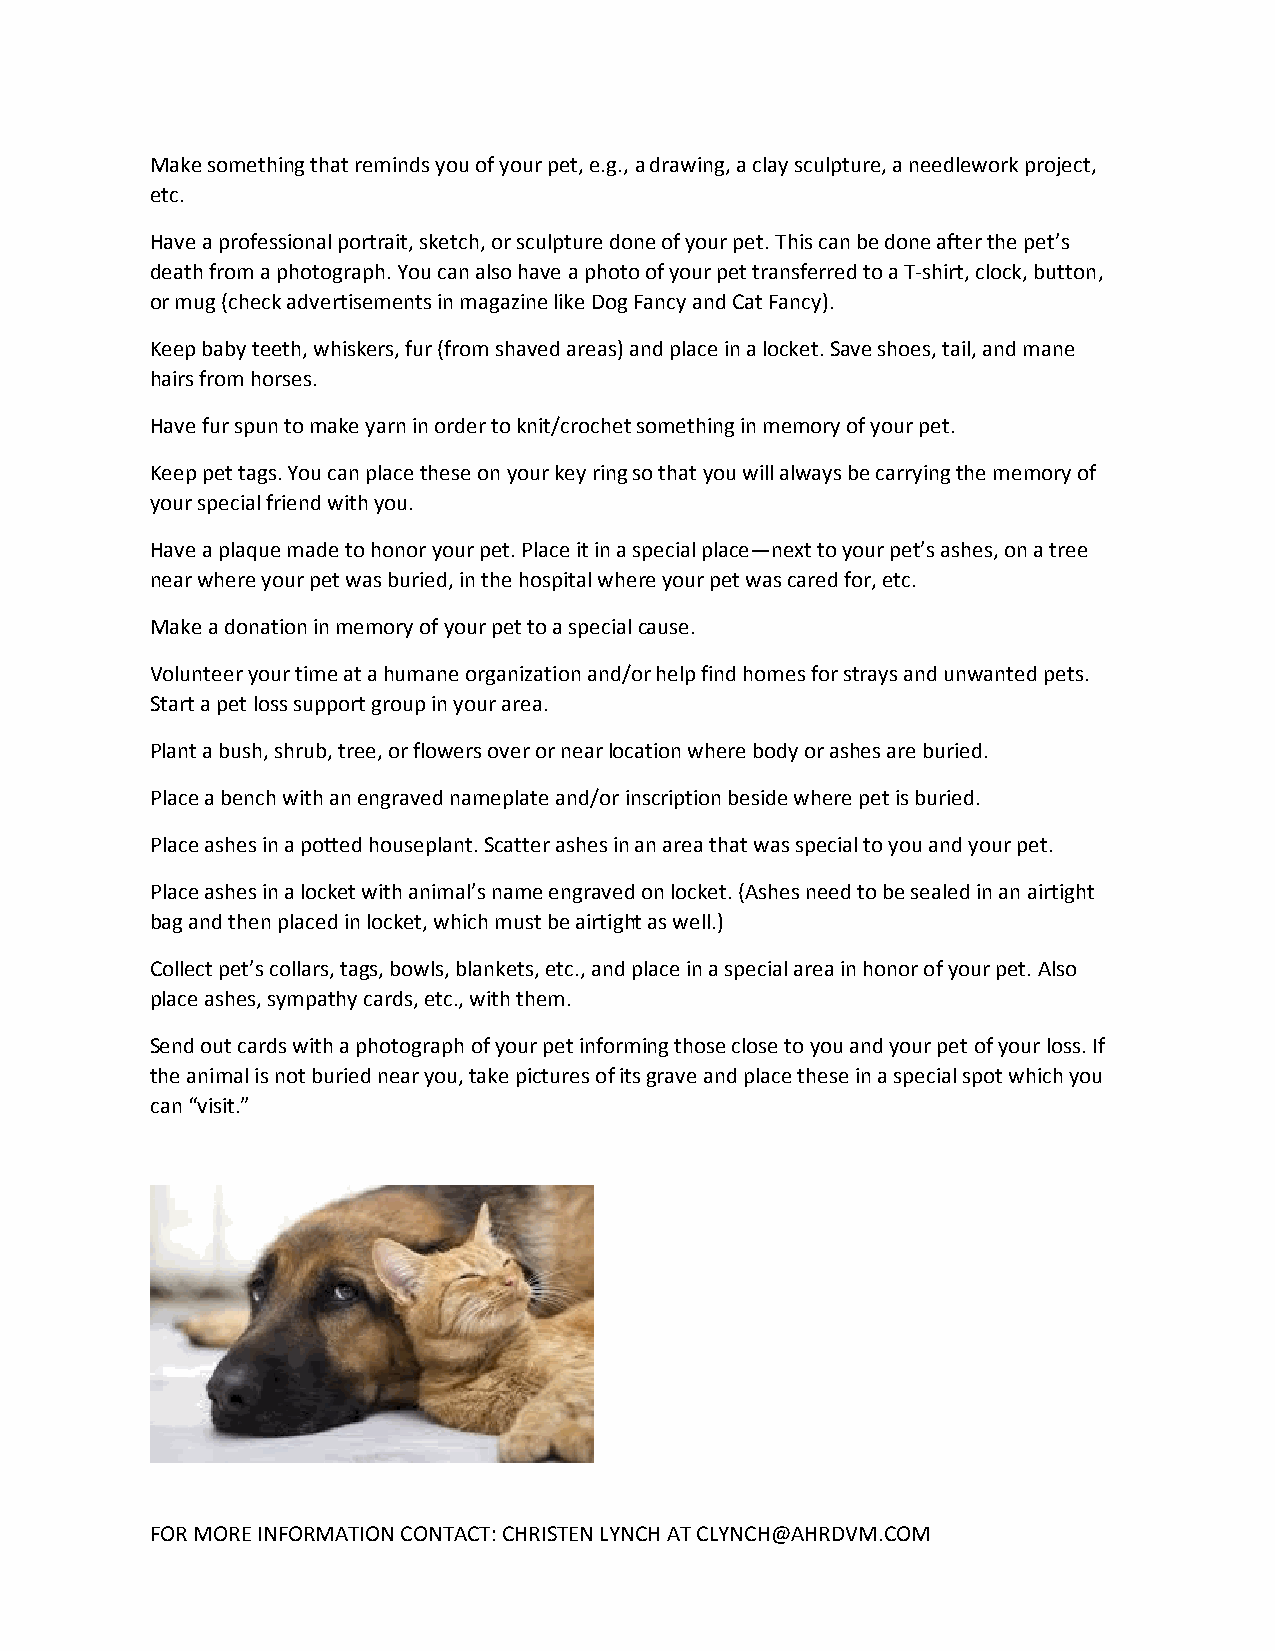
Make something that reminds you of your pet, e.g., a drawing, a clay sculpture, a needlework project,
 etc.
 Have a professional portrait, sketch, or sculpture done of your pet. This can be done after the pet’s
 death from a photograph. You can also have a photo of your pet transferred to a T-shirt, clock, button,
 or mug (check advertisements in magazine like Dog Fancy and Cat Fancy).
 Keep baby teeth, whiskers, fur (from shaved areas) and place in a locket. Save shoes, tail, and mane
 hairs from horses.
 Have fur spun to make yarn in order to knit/crochet something in memory of your pet.
 Keep pet tags. You can place these on your key ring so that you will always be carrying the memory of
 your special friend with you.
 Have a plaque made to honor your pet. Place it in a special place—next to your pet’s ashes, on a tree
 near where your pet was buried, in the hospital where your pet was cared for, etc.
 Make a donation in memory of your pet to a special cause.
 Volunteer your time at a humane organization and/or help find homes for strays and unwanted pets.
 Start a pet loss support group in your area.
 Plant a bush, shrub, tree, or flowers over or near location where body or ashes are buried.
 Place a bench with an engraved nameplate and/or inscription beside where pet is buried.
 Place ashes in a potted houseplant. Scatter ashes in an area that was special to you and your pet.
 Place ashes in a locket with animal’s name engraved on locket. (Ashes need to be sealed in an airtight
 bag and then placed in locket, which must be airtight as well.)
 Collect pet’s collars, tags, bowls, blankets, etc., and place in a special area in honor of your pet. Also
 place ashes, sympathy cards, etc., with them.
 Send out cards with a photograph of your pet informing those close to you and your pet of your loss. If
 the animal is not buried near you, take pictures of its grave and place these in a special spot which you
 can “visit.”
 FOR MORE INFORMATION CONTACT: CHRISTEN LYNCH AT CLYNCH@AHRDVM.COM